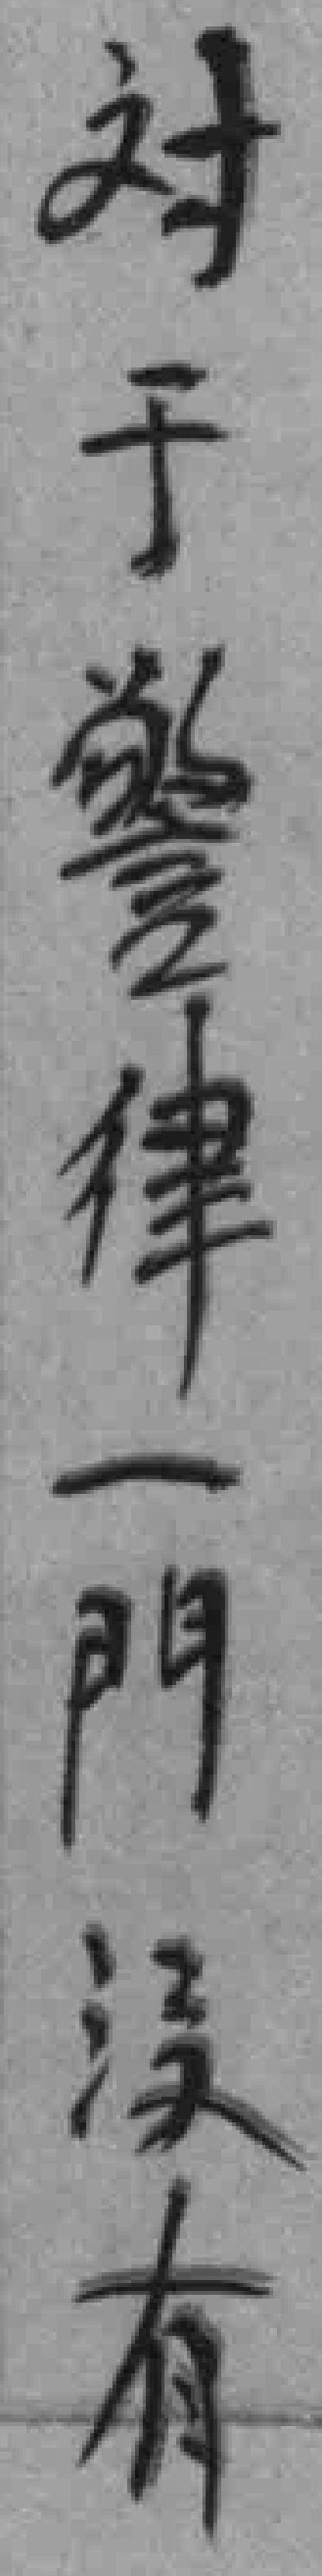
対于警律一門没有